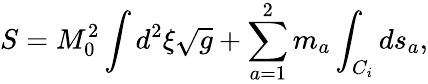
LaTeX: S=M_{0}^{2}\int d^{2}\xi\sqrt{g}+\sum_{a=1}^{2}m_{a}\int_{C_{i}}ds_{a},